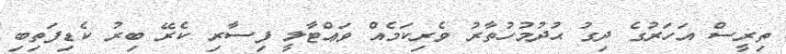
ތިރީސް އަހަރުގެ ދިގު ޙުދުމުހުތާރު ވެރިކަމެއް ވަޢްޓާލީ ފިސާރި ކެރޭ ބިރު ކެޑިފަތިބި